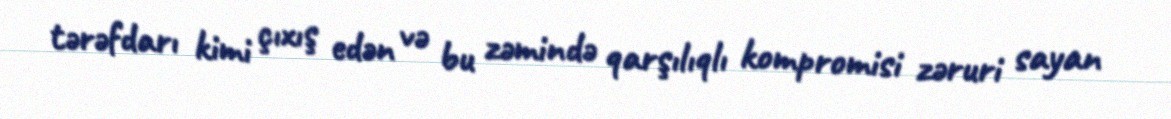
tərəfdarı kimi çıxış edən və bu zəmində qarşılıqlı kompromisi zəruri sayan